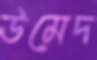
উমেদ